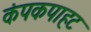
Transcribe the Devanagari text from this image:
कंपकपाहट